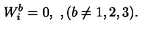
W _ { i } ^ { b } = 0 , \ , ( b \ne 1 , 2 , 3 ) .